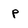
Character: p